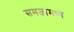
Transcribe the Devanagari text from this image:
समजांमध्ये